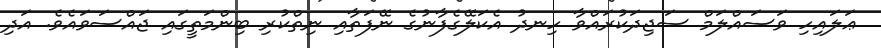
ޢަލައިހި ވަސައްލަމް ސަޖިދަކުރައްވާ ހިނދު އެކަލޭގެފާނުގެ ނޭފަތާއި ނިތްކުރި ބިންމަތީގައި ޖައްސަވައެވެ. އަދި